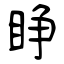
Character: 睁